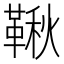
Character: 鞦